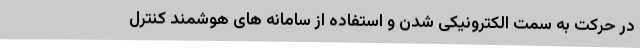
در حرکت به سمت الکترونیکی شدن و استفاده از سامانه های هوشمند کنترل